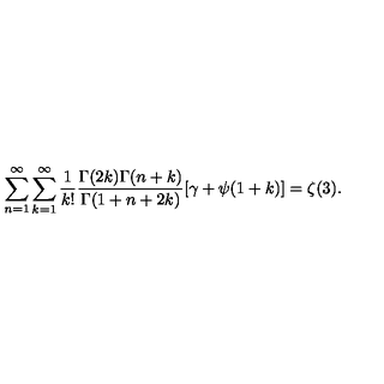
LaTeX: \sum _ { n = 1 } ^ { \infty } \sum _ { k = 1 } ^ { \infty } \frac { 1 } { k ! } \frac { \Gamma ( 2 k ) \Gamma ( n + k ) } { \Gamma ( 1 + n + 2 k ) } [ \gamma + \psi ( 1 + k ) ] = \zeta ( 3 ) .